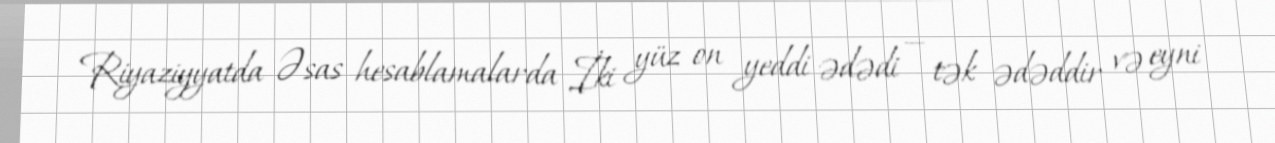
Riyaziyyatda Əsas hesablamalarda İki yüz on yeddi ədədi — tək ədəddir və eyni